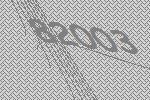
82003